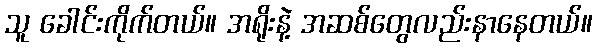
သူ ခေါင်းကိုက်တယ်။ အရိုးနဲ့ အဆစ်တွေလည်းနာနေတယ်။